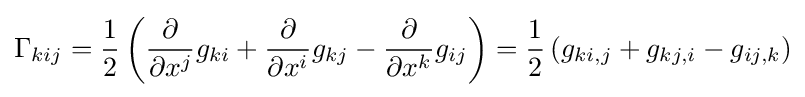
\Gamma _{kij}={\frac {1}{2}}\left({\frac {\partial }{\partial x^{j}}}g_{ki}+{\frac {\partial }{\partial x^{i}}}g_{kj}-{\frac {\partial }{\partial x^{k}}}g_{ij}\right)={\frac {1}{2}}\left(g_{ki,j}+g_{kj,i}-g_{ij,k}\right)